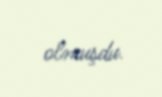
olmuşdu.